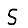
Digit: 5